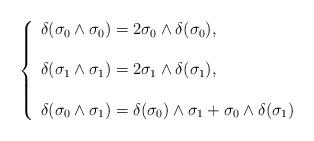
LaTeX: \begin{align*}\left\{\begin{array}{l}\delta(\sigma_0\wedge \sigma_0) = 2\sigma_0\wedge\delta(\sigma_0), \\\\\delta(\sigma_1\wedge \sigma_1) = 2\sigma_1\wedge\delta(\sigma_1), \\\\\delta(\sigma_0\wedge \sigma_1) = \delta(\sigma_0)\wedge\sigma_1 + \sigma_0\wedge\delta(\sigma_1)\end{array}\right.\end{align*}